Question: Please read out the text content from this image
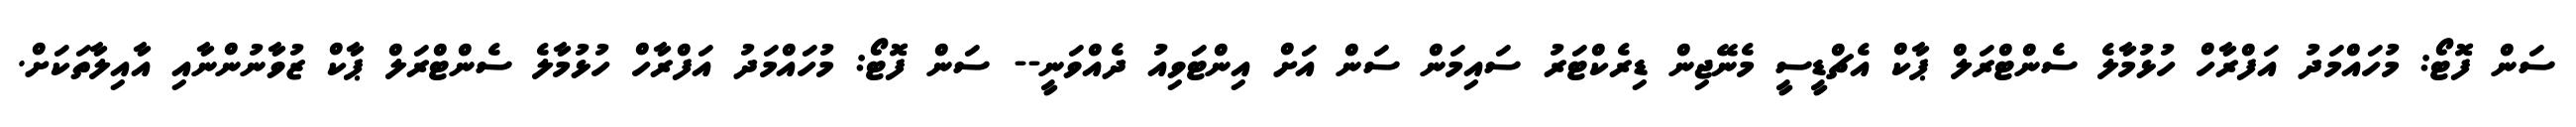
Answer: ސަން ފޮޓޯ: މުހައްމަދު އަފްރާހް ހުޅުމާލެ ސެންޓްރަލް ޕާކް އެޗްޑީސީ މެނޭޖިން ޑިރެކްޓަރު ސައިމަން ސަން އަށް އިންޓަވިއު ދެއްވަނީ-- ސަން ފޮޓޯ: މުހައްމަދު އަފްރާހް ހުޅުމާލެ ސެންޓްރަލް ޕާކް ޒުވާނުންނާއި އާއިލާތަކަށް.